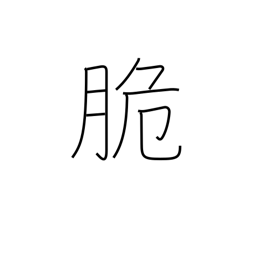
Meaning: easy to beat